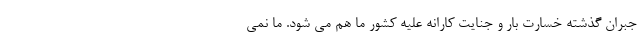
جبران گذشته خسارت بار و جنایت کارانه علیه کشور ما هم می شود. ما نمی